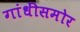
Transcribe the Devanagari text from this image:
गांधींसमोर